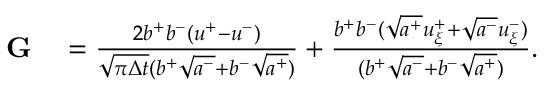
\begin{array} { r l } { \mathbf { G } } & { { } = \frac { 2 b ^ { + } b ^ { - } ( u ^ { + } - u ^ { - } ) } { \sqrt { \pi \Delta t } ( b ^ { + } \sqrt { a ^ { - } } + b ^ { - } \sqrt { a ^ { + } } ) } + \frac { b ^ { + } b ^ { - } ( \sqrt { a ^ { + } } u _ { \xi } ^ { + } + \sqrt { a ^ { - } } u _ { \xi } ^ { - } ) } { ( b ^ { + } \sqrt { a ^ { - } } + b ^ { - } \sqrt { a ^ { + } } ) } . } \end{array}